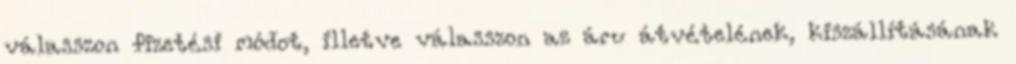
válasszon fizetési módot, illetve válasszon az áru átvételének, kiszállításának